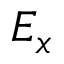
E _ { x }